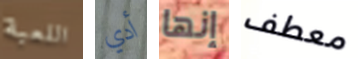
اللعبة أدي إنها معطف